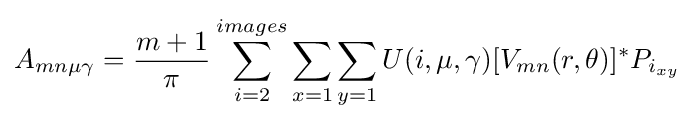
A_{mn\mu \gamma }={\frac {m+1}{\pi }}\sum _{i=2}^{images}\sum _{x=1}\sum _{y=1}U(i,\mu ,\gamma )[V_{mn}(r,\theta )]^{*}P_{i_{xy}}